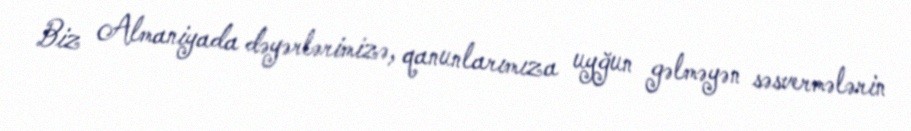
Biz Almaniyada dəyərlərimizə, qanunlarımıza uyğun gəlməyən səsvermələrin